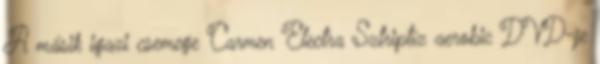
A másik igazi csemege Carmen Electra Sztriptíz aerobic DVD-je